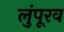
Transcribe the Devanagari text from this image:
लुंपूरव